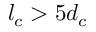
l _ { c } > 5 d _ { c }